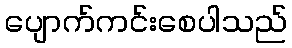
ပျောက်ကင်းစေပါသည်